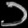
Digit: ၁